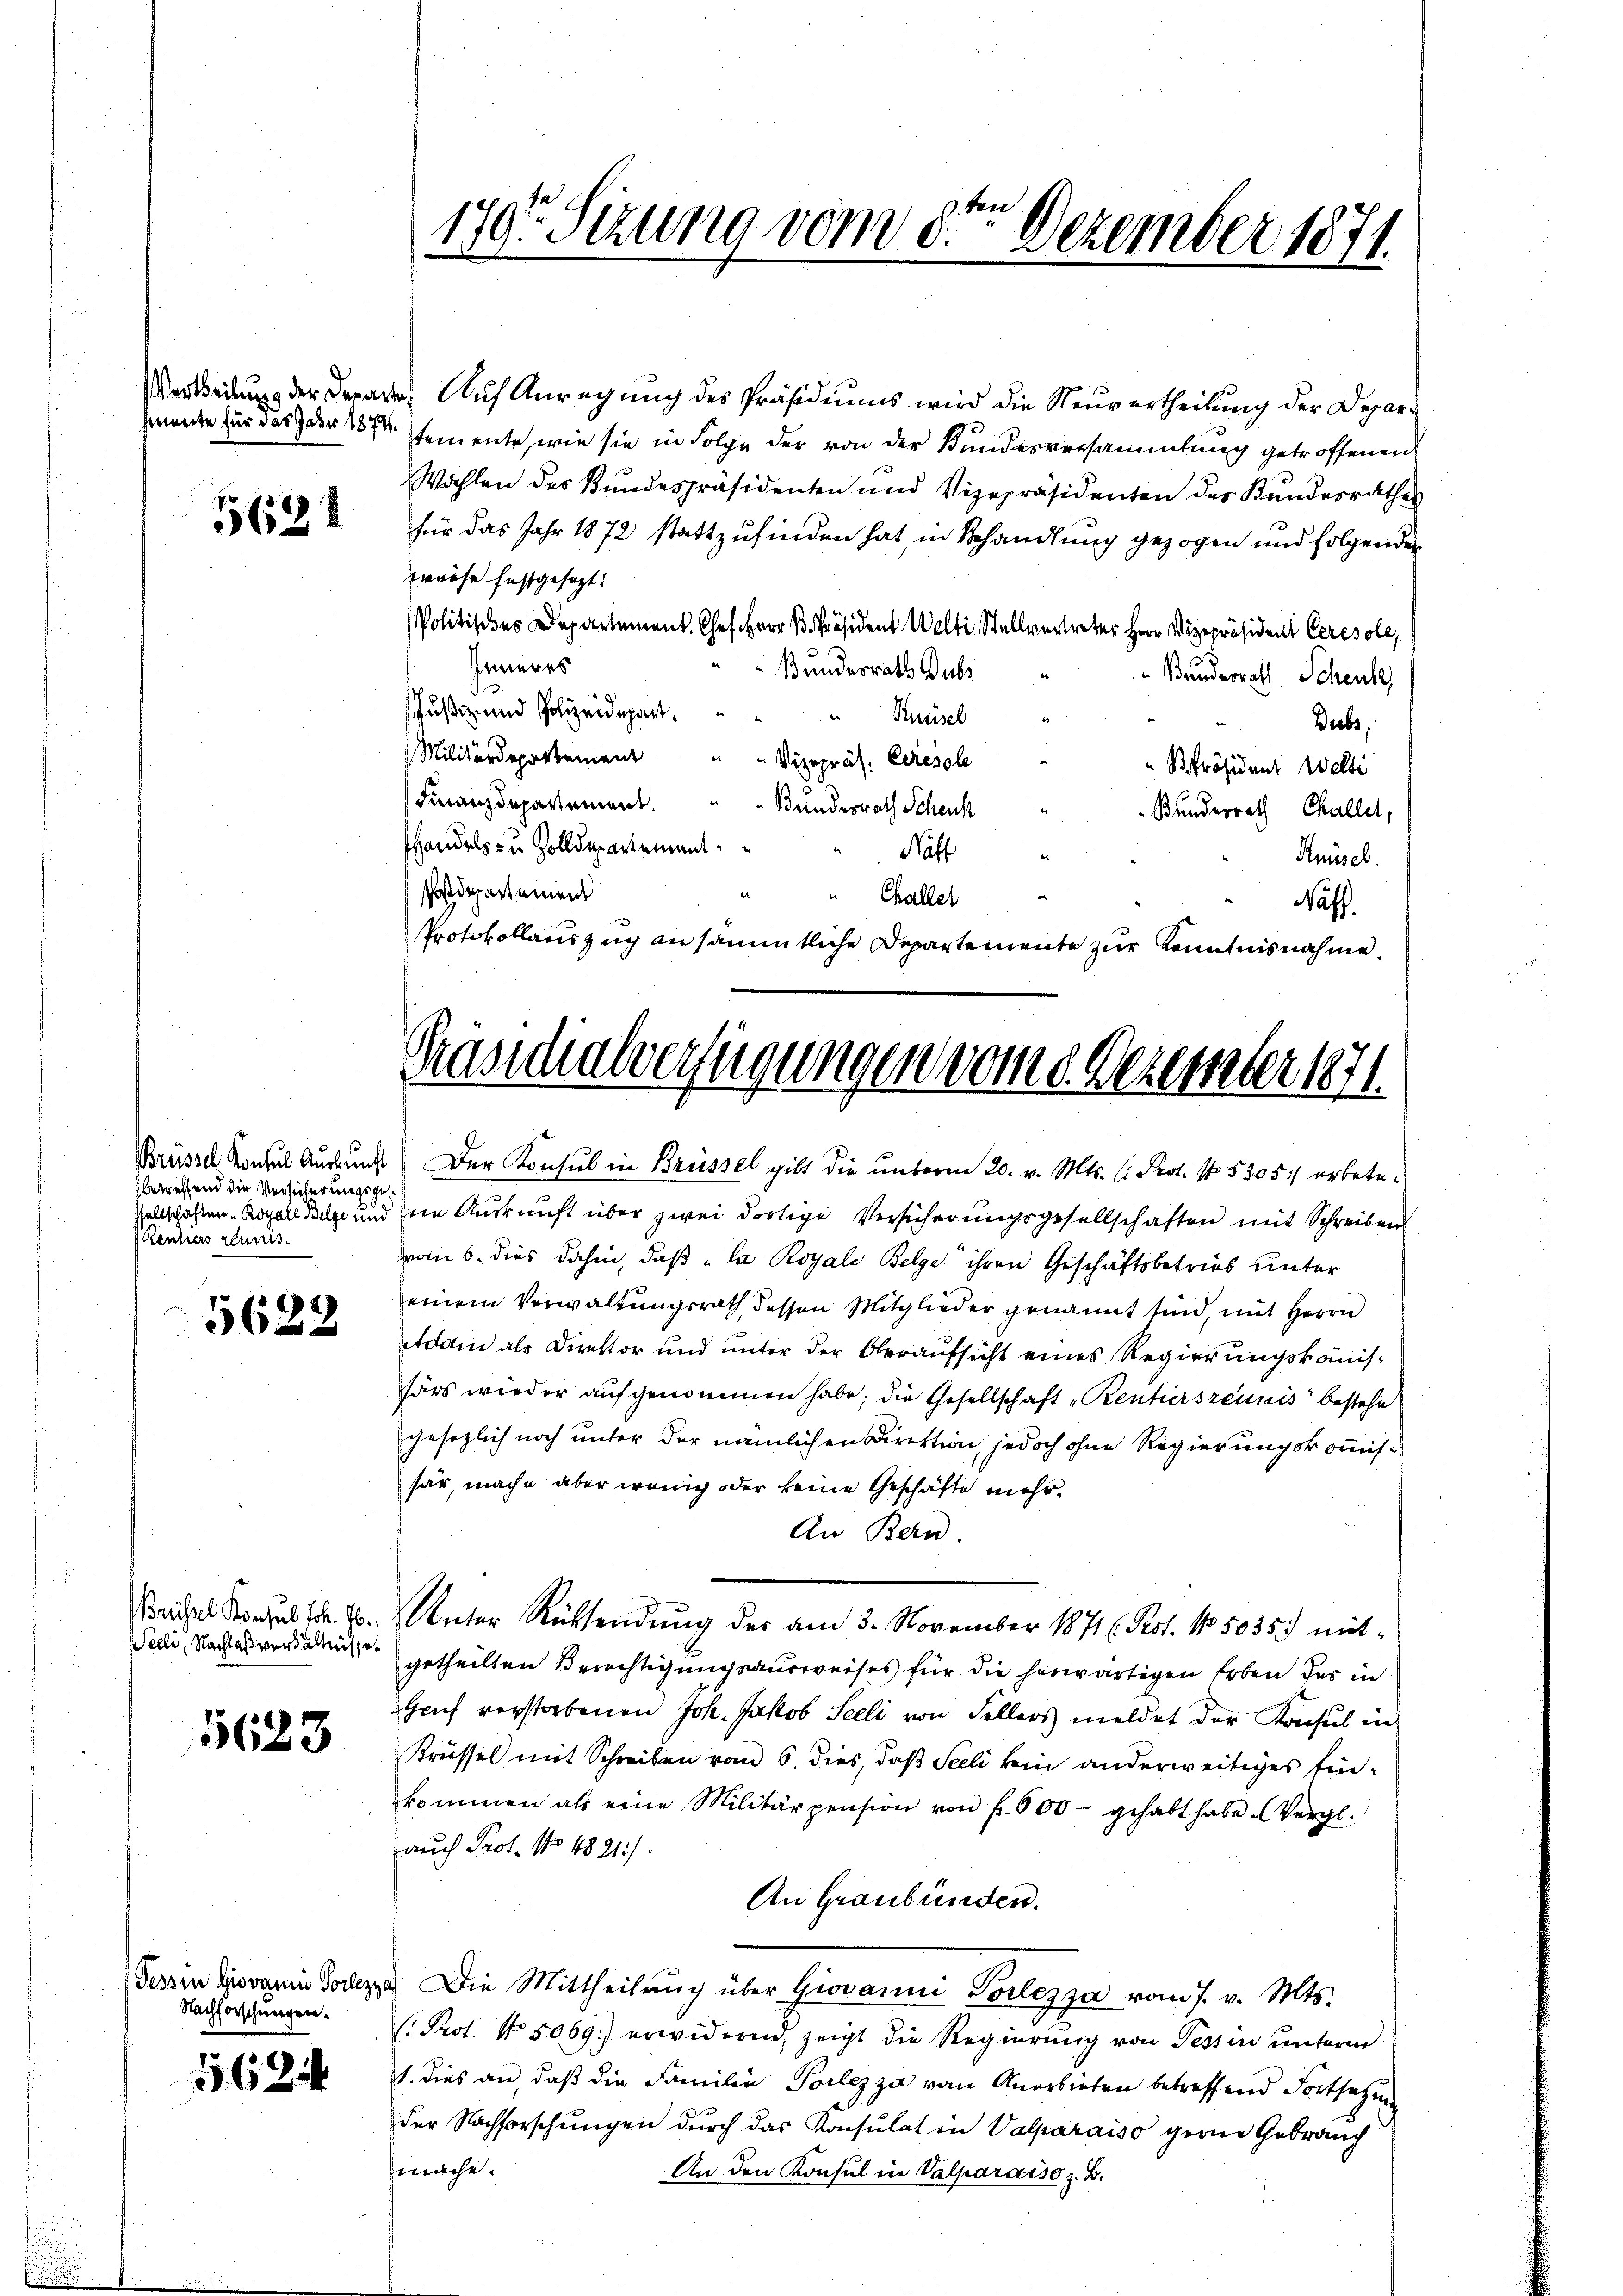
5621

betreffend die Versicherungsge¬
Rentiers réunis.

5622

Brihael Konsul Joh. E.
Wille, Nachlaßverhältnisse

5623

(Tessin Giovanin Vorleze
Nachforschungen.

568

Verteilung der derare. Auf Anregung des Präsidiums wird die Neuvertheilung der Deparhemente für das der 18 Semente, wie sie in Folge der von der Bundesversammlung getroffenen
Wahlen des Kundespräsidenten und Vizepräsidenten des Kundesrathes
für das Jahr 1872 stattzufinden hat, in Behandlung gezogen und folgenden
preise festgesezt:
Politisches Departement Chef Herr Präsident Welti, Stellvertreter Herr Vizepräsident Ceresoll,
Inneres
Bundesrath Subs
„Bundesrath Schenke
du
schußiz und Polizeidepart.
Knüsel
Diebs
Militärdepartement " " Vizepräs. Ceresole
" Präsident Welti
Finanzdepartement.
Bundesrath Scheus
Bundesrath Challet,
shandels- u. Zolldepartement
Nast
Knüsel.
.
Postdepartement
e
" Challer
Nass.
Protokollauszug an sämmtliche Departemente zur Kenntnisnahme.

. Ver
1797. Sizung vom 8. Dezember 1871.

Präsidialverfügungen vom 9. Dezember 1871.

Brüsse Konsul Auskunft) Der Konsul in Brüssel gibt die unterm 20. v. Mts. C. Prot. No. 5305:/ erbetesellschaften - Royale Wege und im Auskunft über zwei dortige Versicherungsgesellschaften mit Schreiben
vom 6. dies dahin, daß "la Royale Belge ihren Geschäftsbetrieb unter
einem Verwaltungsrath dessen Mitglieder genannt sind, mit Herrn
Adam als Direktor und unter der Oberaufsicht eines Regierungskommissärs wieder aufgenommen habe; die Gesellschaft „Rentierszeunis bestehe
gesetzlich noch unter der nämlichen Direktion, jedoch ohne Regierungskommissär, mache aber wenig oder seine Geschäfte mehr.
An Bern.
Unter Rücksendung des am 3. November 1871 (Rot. No. 5035.) mit-
getheilten Berechtigungsausweises für die herwärtigen Erben des in
Heuf verstorbenen Joh. Jakob Seeli von Fellers meldet der Konsul in
Krüssel mit Schreiben vom 6. dies, daß Seeli kein anderweitiges Einkommen als eine Militärpension von f. 500 gehabt habe. Vergl.
auch Prof. No. 1821).
An Graubünden.
u. Die Mittheilŭng über Giovanni Vorlezza vom 7. v. Mts.
( Prot. No. 5069.) erwidernd, zeigt die Regierung von Tessin unterm
1. dies an, daß die Familie Toilezza von Anerbieten betreffend Fortsetzung
der Nachforschŭngen dŭrch das Konsulat in Valparaiso gerne Gebrauch
mache.
An den Konsul in Valparaiso z. B.